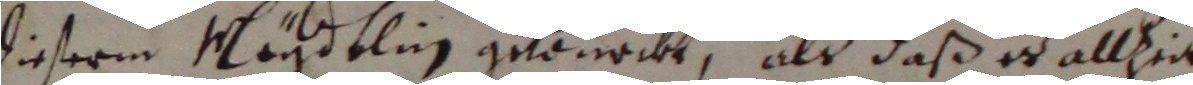
dieserm näydtling gebürckt, als daß es allhie